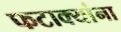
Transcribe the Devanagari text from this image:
फटाक्यांना